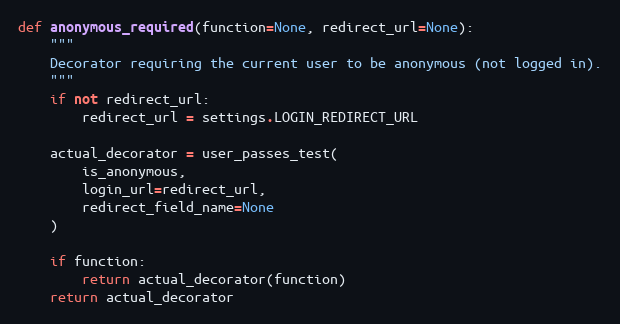
Language: Python
def anonymous_required(function=None, redirect_url=None):
    """
    Decorator requiring the current user to be anonymous (not logged in).
    """
    if not redirect_url:
        redirect_url = settings.LOGIN_REDIRECT_URL

    actual_decorator = user_passes_test(
        is_anonymous,
        login_url=redirect_url,
        redirect_field_name=None
    )

    if function:
        return actual_decorator(function)
    return actual_decorator